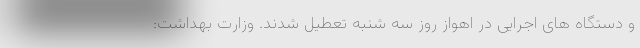
و دستگاه های اجرایی در اهواز روز سه شنبه تعطیل شدند. وزارت بهداشت: